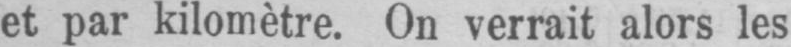
et par kilomètre. On verrait alors les